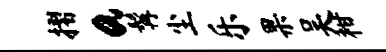
摺a髯尘乐果吴柑